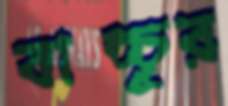
বাচ্চুর